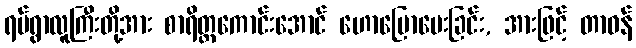
ရပ်ရွာလူကြီးတို့အား စာရိတ္တကောင်းအောင် ဟောပြောပေးခြင်း, အားဖြင့် တာဝန်